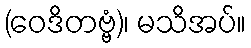
(ဝေဒိတဗ္ဗံ)၊ မသိအပ်။